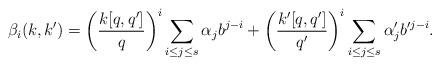
LaTeX: \begin{align*}\beta_i(k,k') = \left(\frac{k[q,q']}{q}\right)^i \sum_{i \leq j \leq s} \alpha_j b^{j-i} + \left(\frac{k'[q,q']}{q'}\right)^i \sum_{i \leq j \leq s} \alpha_j' b'^{j-i}. \end{align*}